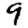
Digit: 9